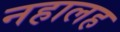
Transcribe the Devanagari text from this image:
नहालह